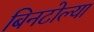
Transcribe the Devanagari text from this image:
बिनटोल्या